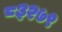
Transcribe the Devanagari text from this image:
८३२७९